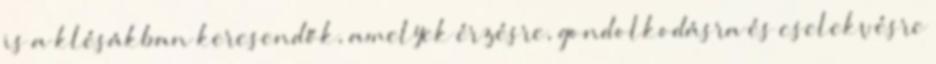
is a klésákban keresendők, amelyek érzésre, gondolkodásra és cselekvésre